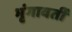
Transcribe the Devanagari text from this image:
भृंगावर्ती